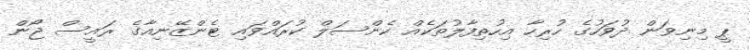
ޕީ މިނިވަން ދުވަހުގެ ހުރިހާ އިހުތިފާލުތަކެއް ކެންސަލް ކުރައްވައި ޓެންޒޭނިއާގެ ރައީސް ޖޯން